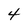
Character: 4